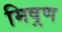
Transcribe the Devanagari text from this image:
मिष्रण